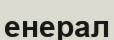
енерал